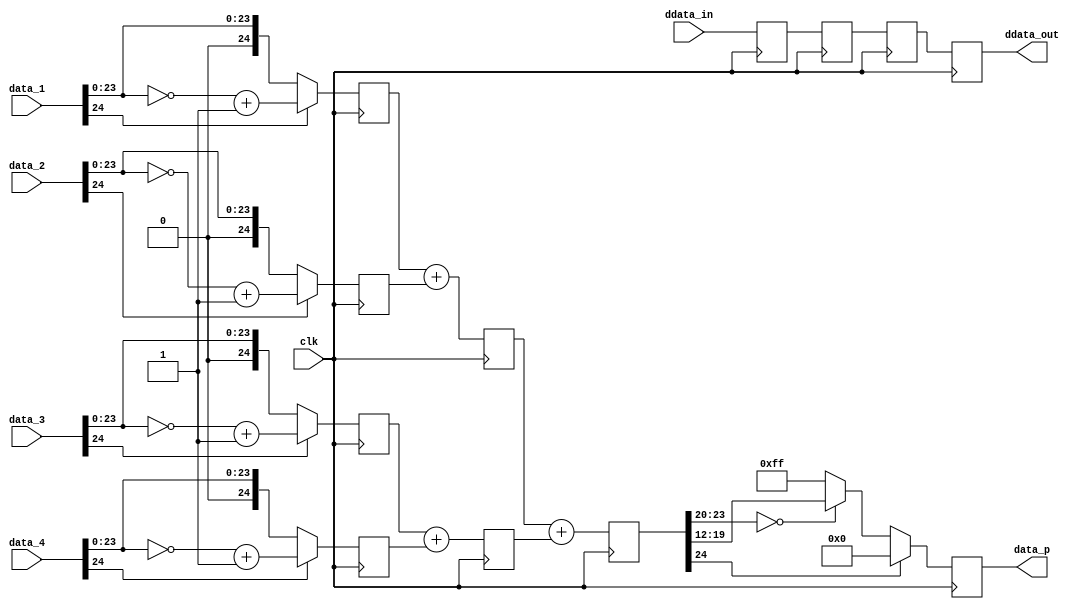
// ***************************************************************************
// ***************************************************************************
// Copyright 2011(c) Analog Devices, Inc.
// 
// All rights reserved.
// 
// Redistribution and use in source and binary forms, with or without modification,
// are permitted provided that the following conditions are met:
//     - Redistributions of source code must retain the above copyright
//       notice, this list of conditions and the following disclaimer.
//     - Redistributions in binary form must reproduce the above copyright
//       notice, this list of conditions and the following disclaimer in
//       the documentation and/or other materials provided with the
//       distribution.
//     - Neither the name of Analog Devices, Inc. nor the names of its
//       contributors may be used to endorse or promote products derived
//       from this software without specific prior written permission.
//     - The use of this software may or may not infringe the patent rights
//       of one or more patent holders.  This license does not release you
//       from the requirement that you obtain separate licenses from these
//       patent holders to use this software.
//     - Use of the software either in source or binary form, must be run
//       on or directly connected to an Analog Devices Inc. component.
//    
// THIS SOFTWARE IS PROVIDED BY ANALOG DEVICES "AS IS" AND ANY EXPRESS OR IMPLIED WARRANTIES,
// INCLUDING, BUT NOT LIMITED TO, NON-INFRINGEMENT, MERCHANTABILITY AND FITNESS FOR A
// PARTICULAR PURPOSE ARE DISCLAIMED.
//
// IN NO EVENT SHALL ANALOG DEVICES BE LIABLE FOR ANY DIRECT, INDIRECT, INCIDENTAL, SPECIAL,
// EXEMPLARY, OR CONSEQUENTIAL DAMAGES (INCLUDING, BUT NOT LIMITED TO, INTELLECTUAL PROPERTY
// RIGHTS, PROCUREMENT OF SUBSTITUTE GOODS OR SERVICES; LOSS OF USE, DATA, OR PROFITS; OR 
// BUSINESS INTERRUPTION) HOWEVER CAUSED AND ON ANY THEORY OF LIABILITY, WHETHER IN CONTRACT,
// STRICT LIABILITY, OR TORT (INCLUDING NEGLIGENCE OR OTHERWISE) ARISING IN ANY WAY OUT OF 
// THE USE OF THIS SOFTWARE, EVEN IF ADVISED OF THE POSSIBILITY OF SUCH DAMAGE.
// ***************************************************************************
// ***************************************************************************
// ***************************************************************************
// ***************************************************************************
// Color Space Conversion, adder. This is a simple adder, but had to be
// pipe-lined for faster clock rates. The delay input is delay-matched to
// the sum pipe-line stages

`timescale 1ps/1ps

module cf_csc_1_add (

  // data_p = data_1 + data_2 + data_3 + data_4 (all the inputs are signed)
  clk,
  data_1,
  data_2,
  data_3,
  data_4,
  data_p,

  // ddata_out is internal pipe-line matched for ddata_in
  ddata_in,
  ddata_out);

  // delayed data bus width
  parameter DELAY_DATA_WIDTH = 16;
  parameter DW = DELAY_DATA_WIDTH - 1;

  input           clk;
  input   [24:0]  data_1;
  input   [24:0]  data_2;
  input   [24:0]  data_3;
  input   [24:0]  data_4;
  output  [ 7:0]  data_p;
  input   [DW:0]  ddata_in;
  output  [DW:0]  ddata_out;

  reg     [DW:0]  p1_ddata = 'd0;
  reg     [24:0]  p1_data_1 = 'd0;
  reg     [24:0]  p1_data_2 = 'd0;
  reg     [24:0]  p1_data_3 = 'd0;
  reg     [24:0]  p1_data_4 = 'd0;
  reg     [DW:0]  p2_ddata = 'd0;
  reg     [24:0]  p2_data_0 = 'd0;
  reg     [24:0]  p2_data_1 = 'd0;
  reg     [DW:0]  p3_ddata = 'd0;
  reg     [24:0]  p3_data = 'd0;
  reg     [DW:0]  ddata_out = 'd0;
  reg     [ 7:0]  data_p = 'd0;

  wire    [24:0]  p1_data_1_p_s;
  wire    [24:0]  p1_data_1_n_s;
  wire    [24:0]  p1_data_1_s;
  wire    [24:0]  p1_data_2_p_s;
  wire    [24:0]  p1_data_2_n_s;
  wire    [24:0]  p1_data_2_s;
  wire    [24:0]  p1_data_3_p_s;
  wire    [24:0]  p1_data_3_n_s;
  wire    [24:0]  p1_data_3_s;
  wire    [24:0]  p1_data_4_p_s;
  wire    [24:0]  p1_data_4_n_s;
  wire    [24:0]  p1_data_4_s;

  // pipe line stage 1, get the two's complement versions

  assign p1_data_1_p_s = {1'b0, data_1[23:0]};
  assign p1_data_1_n_s = ~p1_data_1_p_s + 1'b1;
  assign p1_data_1_s = (data_1[24] == 1'b1) ? p1_data_1_n_s : p1_data_1_p_s;

  assign p1_data_2_p_s = {1'b0, data_2[23:0]};
  assign p1_data_2_n_s = ~p1_data_2_p_s + 1'b1;
  assign p1_data_2_s = (data_2[24] == 1'b1) ? p1_data_2_n_s : p1_data_2_p_s;

  assign p1_data_3_p_s = {1'b0, data_3[23:0]};
  assign p1_data_3_n_s = ~p1_data_3_p_s + 1'b1;
  assign p1_data_3_s = (data_3[24] == 1'b1) ? p1_data_3_n_s : p1_data_3_p_s;

  assign p1_data_4_p_s = {1'b0, data_4[23:0]};
  assign p1_data_4_n_s = ~p1_data_4_p_s + 1'b1;
  assign p1_data_4_s = (data_4[24] == 1'b1) ? p1_data_4_n_s : p1_data_4_p_s;

  always @(posedge clk) begin
    p1_ddata <= ddata_in;
    p1_data_1 <= p1_data_1_s;
    p1_data_2 <= p1_data_2_s;
    p1_data_3 <= p1_data_3_s;
    p1_data_4 <= p1_data_4_s;
  end

  // pipe line stage 2, get the sum (intermediate, 4->2)

  always @(posedge clk) begin
    p2_ddata <= p1_ddata;
    p2_data_0 <= p1_data_1 + p1_data_2;
    p2_data_1 <= p1_data_3 + p1_data_4;
  end

  // pipe line stage 3, get the sum (final, 2->1)

  always @(posedge clk) begin
    p3_ddata <= p2_ddata;
    p3_data <= p2_data_0 + p2_data_1;
  end

  // output registers, output is unsigned (0 if sum is < 0) and saturated.
  // the inputs are expected to be 1.4.20 format (output is 8bits).

  always @(posedge clk) begin
    ddata_out <= p3_ddata;
    if (p3_data[24] == 1'b1) begin
      data_p <= 8'h00;
    end else if (p3_data[23:20] == 'd0) begin
      data_p <= p3_data[19:12];
    end else begin
      data_p <= 8'hff;
    end
  end

endmodule

// ***************************************************************************
// ***************************************************************************